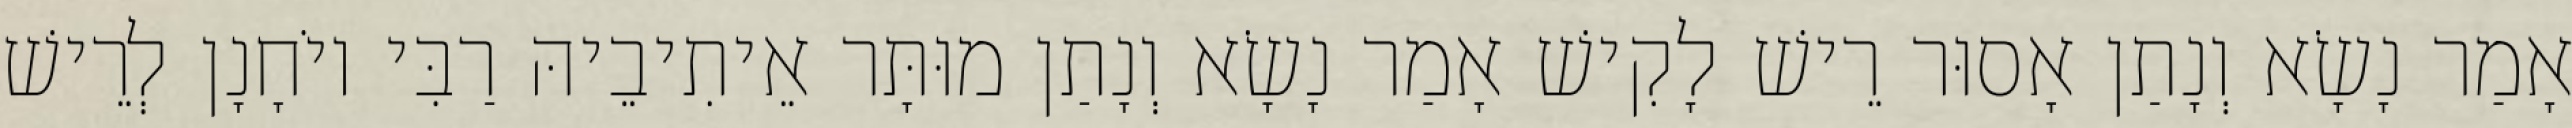
אָמַר נָשָׂא וְנָתַן אָסוּר רֵישׁ לָקִישׁ אָמַר נָשָׂא וְנָתַן מוּתָּר אֵיתִיבֵיהּ רַבִּי יוֹחָנָן לְרֵישׁ